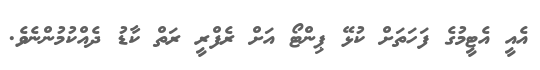
އެއީ އެޓީމުގެ ފަހަތަށް ކުޅޭ ޕިންޓޯ އަށް ރެފްރީ ރަތް ކާޑު ދެއްކުމުންނެވެ.